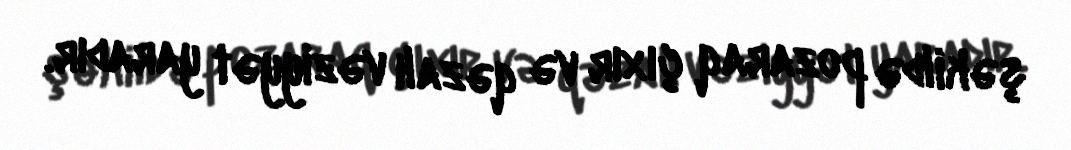
şəkildə pozaraq çıxır və qəzalı vəziyyət yaradır.